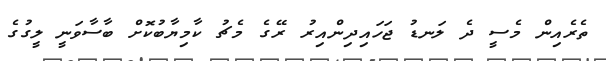
ތެރެއިން މެސީ ދެ ލަނޑު ޖަހައިދިންއިރު ރޭގެ މެޗު ކާމިޔާބުކޮށް ބާސާވަނީ ލީގުގެ